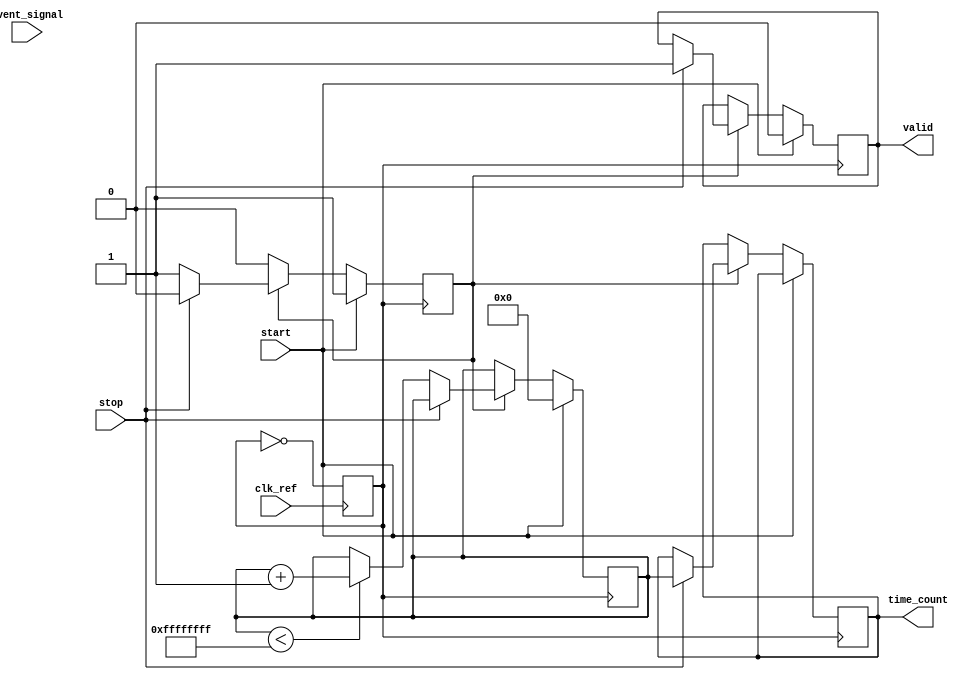
module TDC_PLL (
    input wire clk_ref,          // Reference clock input
    input wire event_signal,     // Event signal to measure
    input wire start,            // Start measurement signal
    input wire stop,             // Stop measurement signal
    output reg [31:0] time_count, // Measured time interval in clock cycles
    output reg valid             // Valid output flag
);

// PLL Parameters
parameter CLK_FREQ = 100e6; // Reference clock frequency (100 MHz)
parameter VCO_FREQ = 1e9;    // VCO frequency (1 GHz)
parameter COUNTER_MAX = 32'd4294967295; // Max value for 32-bit counter

// Internal signals
reg [31:0] counter;
reg vco_clk; // VCO output clock
reg start_flag;
reg stop_flag;

// Clock Generation using a simple PLL model
always @(posedge clk_ref) begin
    // Simple frequency division for demonstration (ideal PLL behavior)
    vco_clk <= ~vco_clk; // Toggle VCO clock (not an actual PLL implementation)
end

// Counter logic
always @(posedge vco_clk) begin
    if (start) begin
        counter <= 32'b0;      // Initialize counter on start
        start_flag <= 1'b1;    // Set the start flag
        valid <= 1'b0;         // Reset valid output
    end else if (start_flag) begin
        if (stop) begin
            time_count <= counter; // Capture counter value
            valid <= 1'b1;         // Set valid flag
            start_flag <= 1'b0;    // Reset start flag
        end else begin
            if (counter < COUNTER_MAX) begin
                counter <= counter + 1; // Increment counter
            end
        end
    end
end

// Edge detection on event signal (simple signal conditioning)
reg event_signal_prev;
always @(posedge clk_ref) begin
    event_signal_prev <= event_signal;

    if (event_signal && !event_signal_prev) begin
        // Event detected, this can be used to synchronize with the VCO clock
        // Optionally implement additional logic for more accurate edge detection
    end
end

endmodule